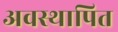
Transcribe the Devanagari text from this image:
अवस्थापित